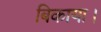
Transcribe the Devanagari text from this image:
बिकाया।